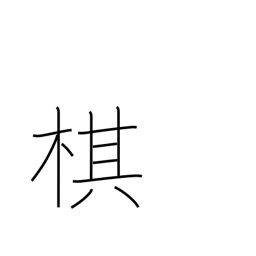
Meaning: chess piece